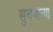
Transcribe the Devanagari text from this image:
सुचणार्‍या